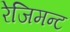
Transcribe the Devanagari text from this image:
रेजिमन्ट